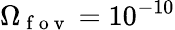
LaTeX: \Omega_{\mathrm{~f~o~v~}}=10^{-10}